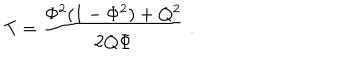
T = { \frac { \Phi ^ { 2 } ( 1 - \Phi ^ { 2 } ) + Q ^ { 2 } } { 2 Q \Phi } } \ .